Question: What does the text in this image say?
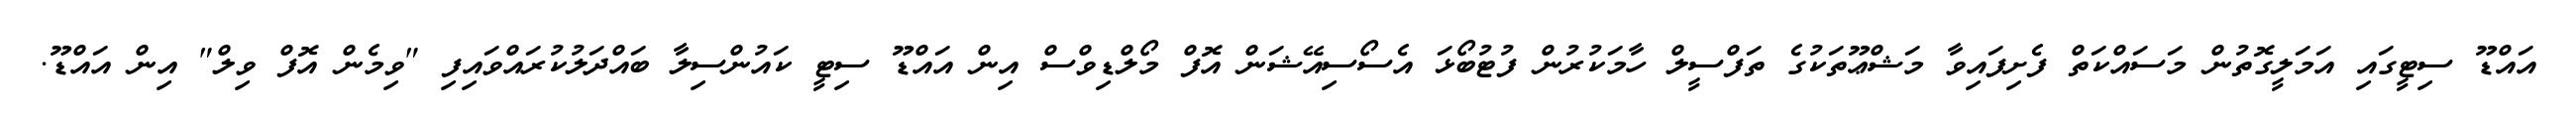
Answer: އައްޑޫ ސިޓީގައި އަމަލީގޮތުން މަސައްކަތް ފެށިފައިވާ މަޝްޢޫތަކުގެ ތަފްސީލް ހާމަކުރުން ފުޓުބޯޅަ އެސޯސިއޭޝަން އޮފް މޯލްޑިވްސް އިން އައްޑޫ ސިޓީ ކައުންސިލާ ބައްދަލުކުރައްވައިފި "ވިމެން އޮފް ވިލް" އިން އައްޑޫ.